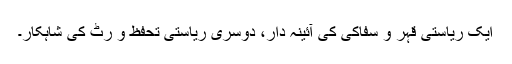
ایک ریاستی قہر و سفاکی کی آئینہ دار، دوسری ریاستی تحفظ و رٹ کی شاہکار۔